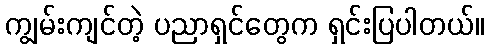
ကျွမ်းကျင်တဲ့ ပညာရှင်တွေက ရှင်းပြပါတယ်။